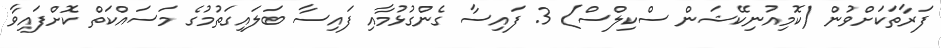
ފަރާތަކަށްވުން (ކޮމިއުނިކޭޝަން ސްކިލްސް) 3. ފައިސާ ގެންގުޅުމާއި ފައިސާ ބަލައިގަތުމުގެ މަސައްކަތް ކޮށްފައިވާ